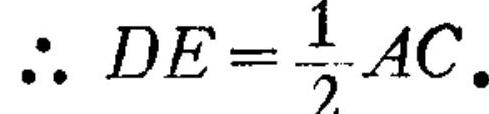
\(\therefore DE=\frac{1}{2}AC.\)